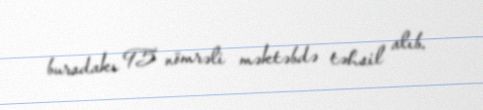
buradakı 95 nömrəli məktəbdə təhsil alıb.